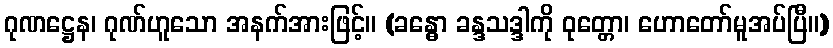
ဂုဏဋ္ဌေန၊ ဂုဏ်ဟူသော အနက်အားဖြင့်။ (ခန္ဓော ခန္ဒသဒ္ဒါကို ဝုတ္တော၊ ဟောတော်မူအပ်ပြီ။)